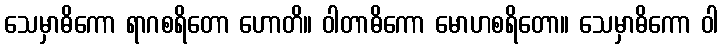
သေမှာဓိကော ရာဂစရိတော ဟောတိ။ ဝါတာဓိကော မောဟစရိတော။ သေမှာဓိကော ဝါ